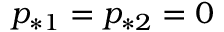
p _ { * 1 } = p _ { * 2 } = 0